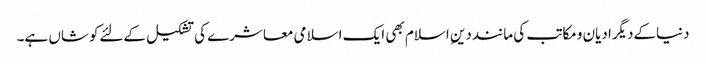
دنیاکےدیگرادیان ومکاتب کی ماننددینِ اسلام بھی ایک اسلامی معاشرے کی تشکیل کےلئےکوشاں ہے۔